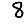
Digit: 8